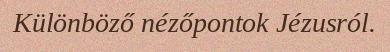
Különböző nézőpontok Jézusról.